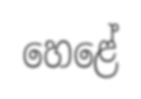
හෙළේ